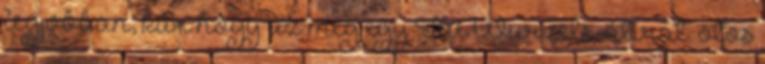
legjobban, kár hogy az meg egy The Wurzels-átirat. ötös